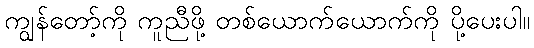
ကျွန်တော့်ကို ကူညီဖို့ တစ်ယောက်ယောက်ကို ပို့ပေးပါ။